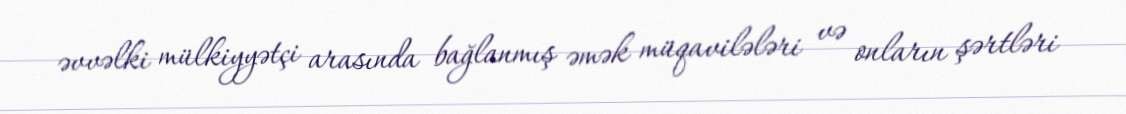
əvvəlki mülkiyyətçi arasında bağlanmış əmək müqavilələri və onların şərtləri